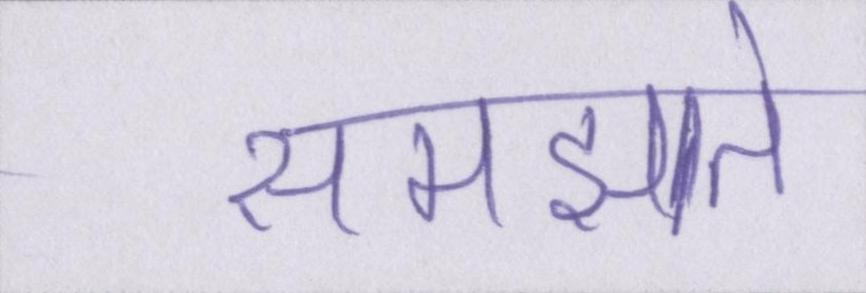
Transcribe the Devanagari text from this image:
समझाते